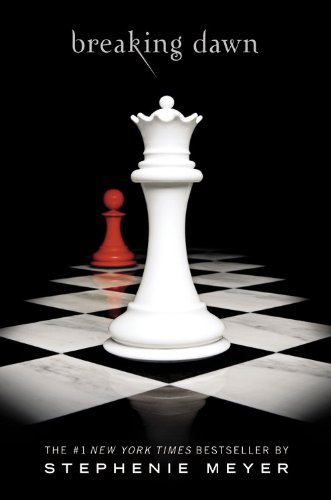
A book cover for Breaking Dawn (The Twilight Saga, Book 4); Stephenie Meyer; Teen & Young Adult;